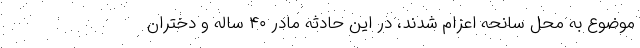
موضوع به محل سانحه اعزام شدند، در این حادثه مادر ۴۰ ساله و دختران